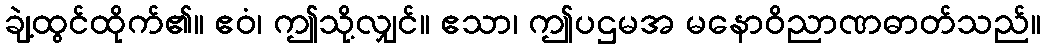
ချဲ့ထွင်ထိုက်၏။ ဧဝံ၊ ဤသို့လျှင်။ ဧသာ၊ ဤပဌမအ မနောဝိညာဏဓာတ်သည်။